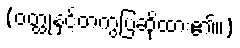
(ဝတ္ထုနှင့်တကွပြဆိုထား၏။)